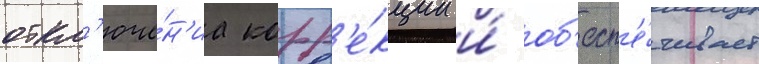
откл'юче́н'иа корр'е́кции и́ об'есп'е́чивает